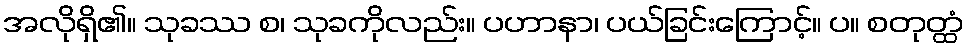
အလိုရှိ၏။ သုခဿ စ၊ သုခကိုလည်း။ ပဟာနာ၊ ပယ်ခြင်းကြောင့်။ ပ။ စတုတ္ထံ